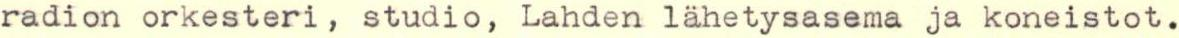
radion orkesteri, studio, Lahden lähetysasema ja koneistot.